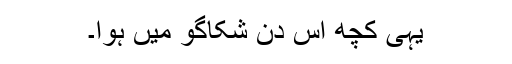
یہی کچھ اس دن شکاگو میں ہوا۔